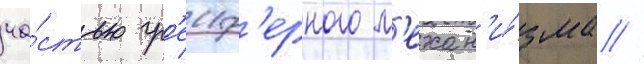
ча́стью гр'еиф'ерного м'ехан'и́зма //